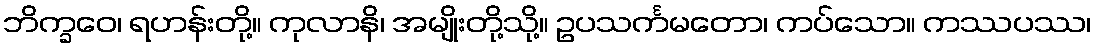
ဘိက္ခဝေ၊ ရဟန်းတို့။ ကုလာနိ၊ အမျိုးတို့သို့။ ဥပသင်္ကမတော၊ ကပ်သော။ ကဿပဿ၊